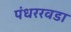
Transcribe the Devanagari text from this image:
पंधररवडा